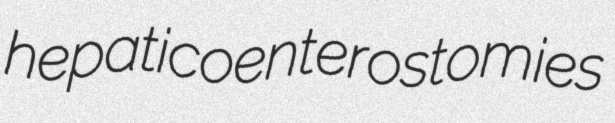
hepaticoenterostomies